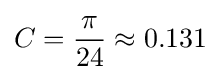
C={\frac {\pi }{24}}\approx 0.131